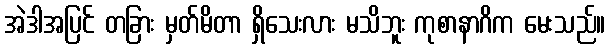
အဲဒါအပြင် တခြား မှတ်မိတာ ရှိသေးလား မသိဘူး ကုစာနာဂိက မေးသည်။